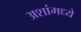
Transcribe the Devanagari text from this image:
अशांमध्ये